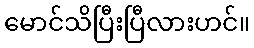
မောင်သိပြီးပြီလားဟင်။